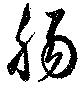
腸